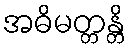
အဓိမတ္တန္တိ